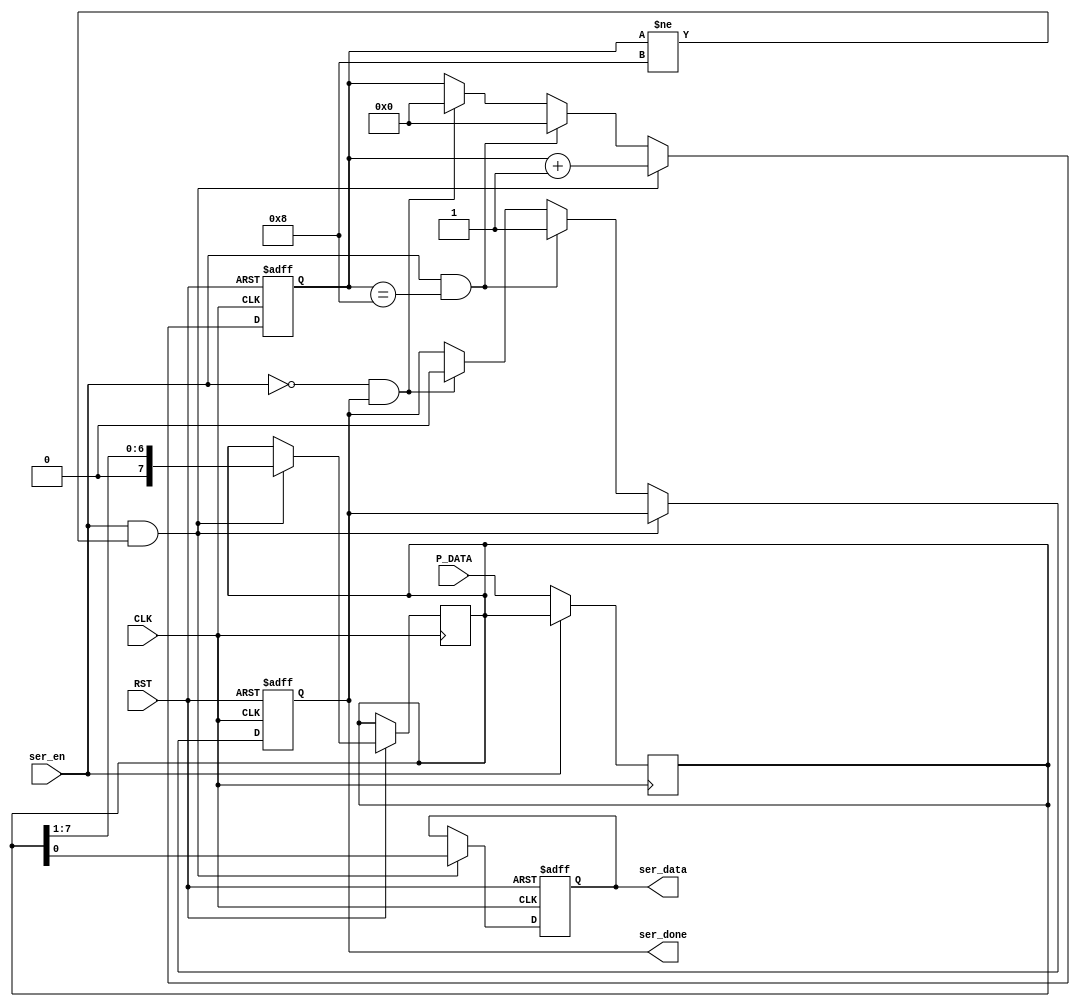
module Serializer #(
    parameter Data_Len = 8,
    parameter CountLen = 4
) (
    input wire [ Data_Len - 1 : 0] P_DATA,
    input wire CLK, RST, ser_en,
    output reg ser_data,ser_done
);
reg [ CountLen - 1 : 0] Count;
reg [ Data_Len - 1 : 0] P_DATA_reg;
always @(posedge CLK ) begin
    if (!ser_en) begin
        P_DATA_reg <= P_DATA;
    end
    else begin
        P_DATA_reg <= P_DATA_reg;
    end
end
always @(posedge CLK or negedge RST) begin
    if( !RST ) begin
        ser_done <= 0;
        Count <= 0;
        ser_data <= 0;
    end
    else begin
        if( ser_en && Count != 8 ) begin
            ser_data <= P_DATA_reg[0];
            P_DATA_reg <= P_DATA_reg>>1;
            Count <= Count + 1;
        end
        else if ( ser_en && Count == 8) begin
            ser_done <= 1;
            Count <= 0;
        end
        else if ( !ser_en && ser_done) begin
            ser_done <= 0;
            Count <= 0;
        end
        else begin
            ser_data <= ser_data;
        end
    end
end
endmodule